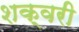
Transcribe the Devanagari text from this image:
शक्वरी